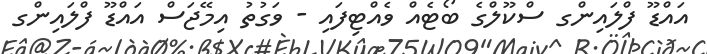
އައްޑޫ ފްލައިންގ ސްކޫލްގެ ބޯޓެއް ވެއްޓިފައި - ވަގުތު އިމޭޖަސް އައްޑޫ ފްލައިންގ